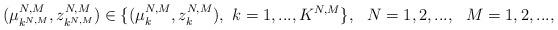
LaTeX: \begin{align*}(\mu_{k^{N,M}}^{N,M}, z_{k^{N,M}}^{N,M})\in \{(\mu_k^{N,M}, z_k^{N,M}),\ k=1,...,K^{N,M} \}, \ \ N=1,2,..., \ \ M=1,2,...,\end{align*}